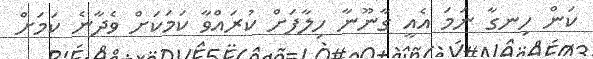
ކަން ހިނގާ ނަމަ އެއީ ގާނޫނާ ހިލާފަށް ކުރައްވާ ކަމަކަށް ވެދާނެ ކަމަށް